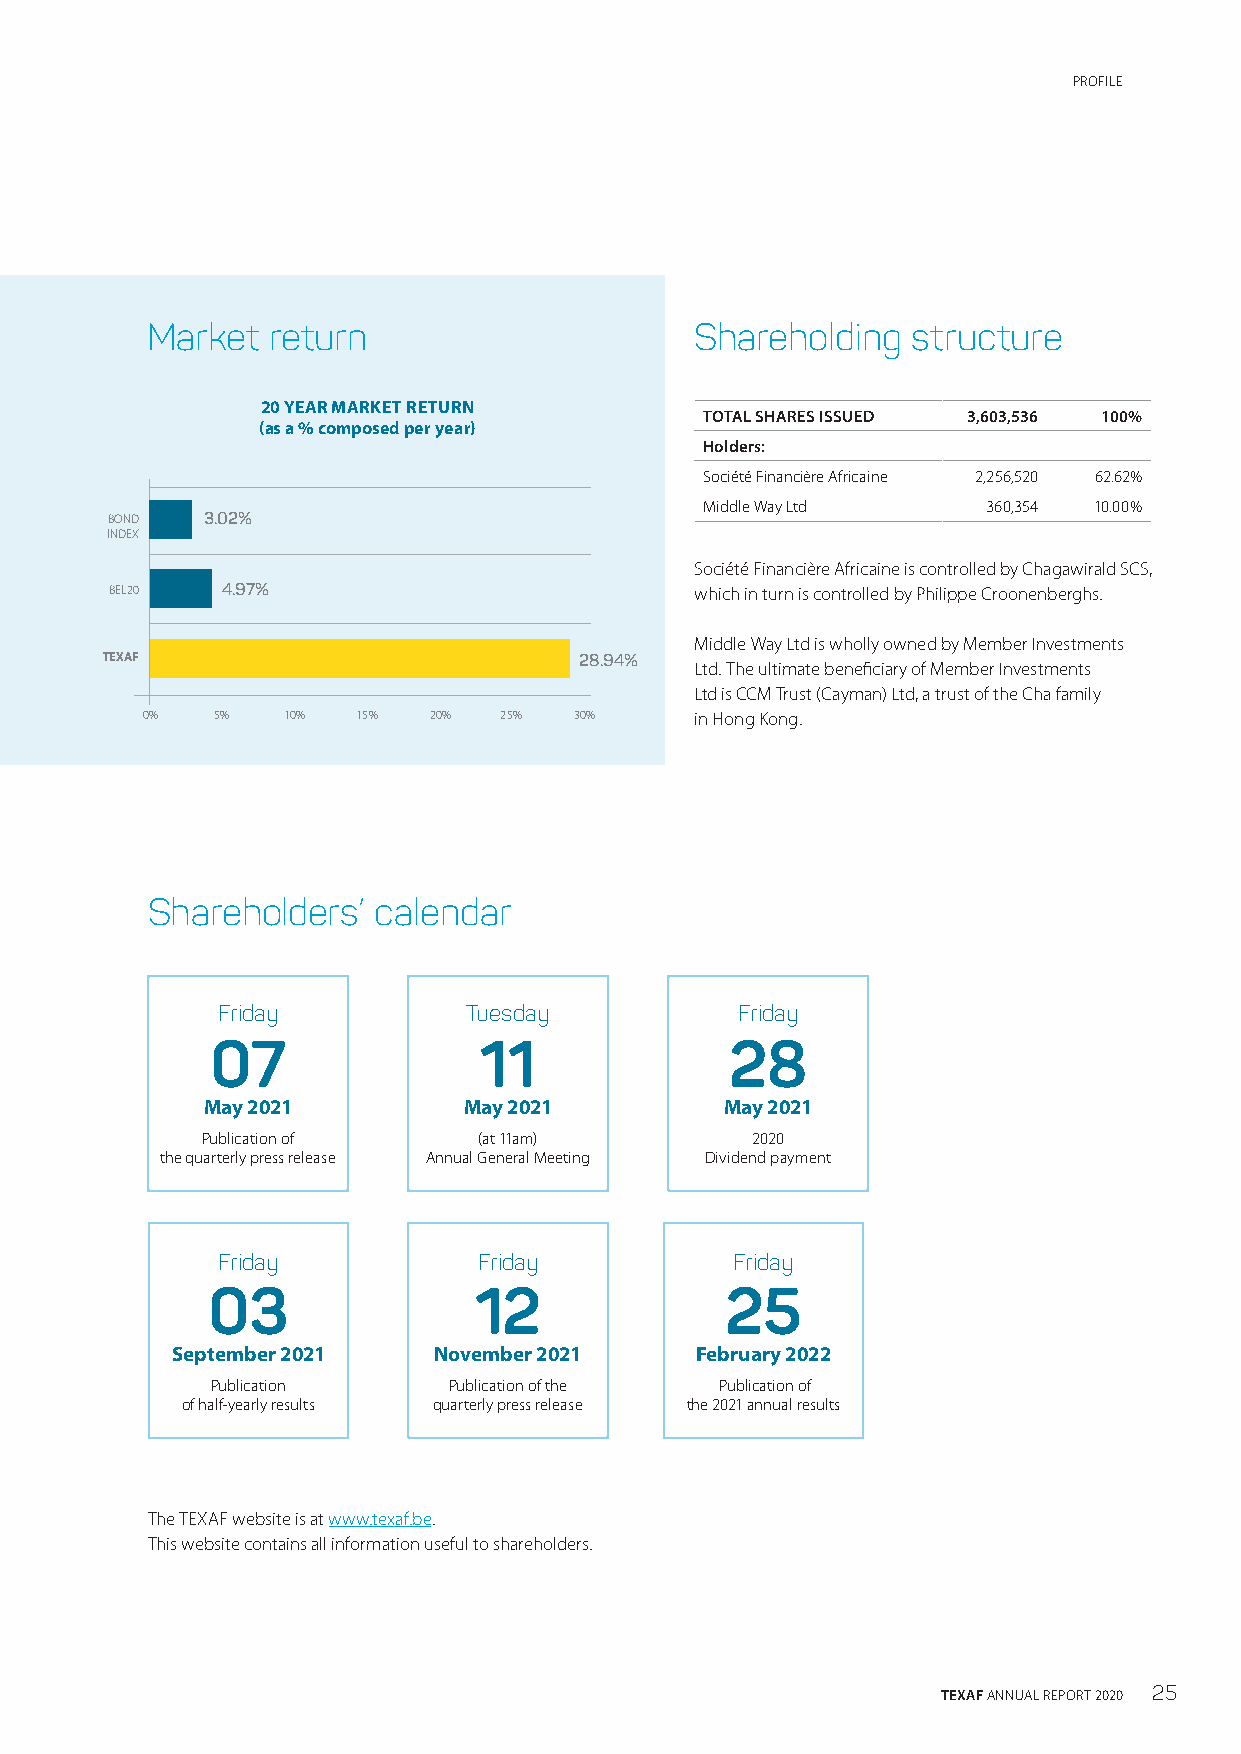
PROFILE
 Market  return                      Shareholding  structure
 20 YEAR MARKET RETURN
 TOTAL SHARES ISSUED 3,603,536 100%
 (as a % composed per year)
 Holders:
 Société Financière Africaine 2,256,520 62.62%
 Middle Way Ltd    360,354 10.00%
 BOND   3.02%
 INDEX
 Société Financière Africaine is controlled by Chagawirald SCS,
 BEL20   4.97%                          which in turn is controlled by Philippe Croonenberghs.
 Middle Way Ltd is wholly owned by Member Investments
 TEXAF                          28.94%
 Ltd. The ultimate beneficiary of Member Investments
 Ltd is CCM Trust (Cayman) Ltd, a trust of the Cha family
 0%   5%   10%  15% 20%  25%  30%     in Hong Kong.
 Shareholders’  calendar
 Friday           Tuesday           Friday
 07                11              28
 May 2021          May 2021         May 2021
 Publication of     (at 11am)         2020
 the quarterly press release Annual General Meeting Dividend payment
 Friday            Friday          Friday
 03               12               25
 September 2021    November 2021    February 2022
 Publication     Publication of the Publication of
 of half-yearly results quarterly press release the 2021 annual results
 The TEXAF website is at www.texaf.be.
 This website contains all information useful to shareholders.
 TEXAF ANNUAL REPORT 2020 25